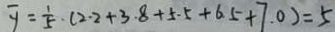
\overline { y } = \frac { 1 } { 5 } \cdot ( 2 \cdot 2 + 3 . 8 + 5 . 5 + 6 . 5 + 7 . 0 ) = 5